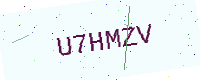
Text: U7HMZV